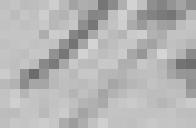
174